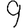
Digit: 9